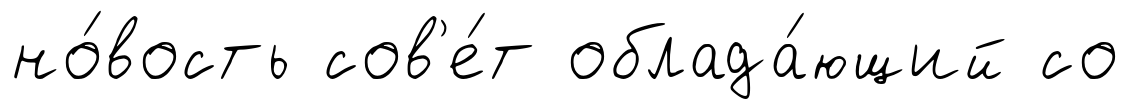
но́вость сов'е́т облада́ющий со